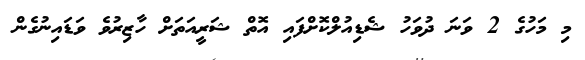
މި މަހުގެ 2 ވަނަ ދުވަހު ޝެޑިއުލްކޮށްފައި އޮތް ޝަރީއަތަށް ހާޒިރުވެ ވަޑައިނުގެން